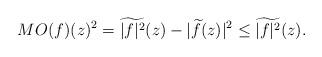
LaTeX: \begin{align*}MO(f)(z)^2=\widetilde{|f|^2}(z)-|\widetilde{f}(z)|^2 \leq \widetilde{|f|^2}(z).\end{align*}